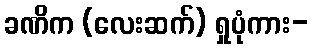
ခဏိက (လေးဆက်) ရှုပုံကား-